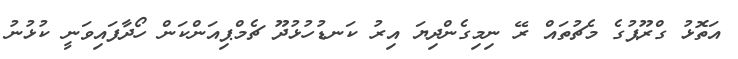
އަތޮޅު ގްރޫޕުގެ މެޗުތައް ރޭ ނިމިގެންދިޔަ އިރު ކަނޑުހުޅުދޫ ޗެމްޕިއަންކަން ހޯދާފައިވަނީ ކުޅުނު